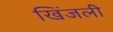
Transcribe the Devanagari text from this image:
खिंजली